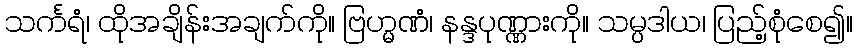
သင်္ကရံ၊ ထိုအချိန်းအချက်ကို။ ဗြဟ္မဏံ၊ နန္ဒပုဏ္ဏားကို။ သမ္ပဒါယ၊ ပြည့်စုံစေ၍။